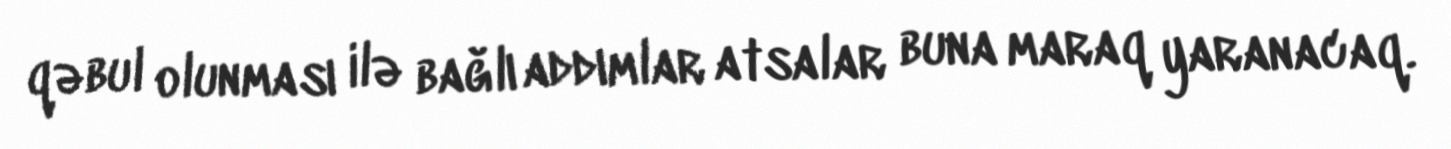
qəbul olunması ilə bağlı addımlar atsalar buna maraq yaranacaq.